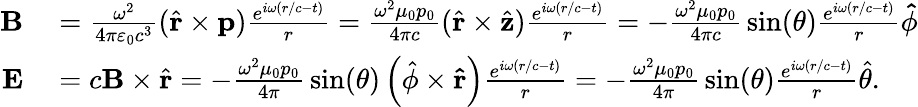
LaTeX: \begin{array}{rl}{\mathbf{B}}&{{}={\frac{\omega^{2}}{4\pi\varepsilon_{0}c^{3}}}({\hat{\mathbf{r}}}\times\mathbf{p}){\frac{e^{i\omega(r/c-t)}}{r}}={\frac{\omega^{2}\mu_{0}p_{0}}{4\pi c}}({\hat{\mathbf{r}}}\times{\hat{\mathbf{z}}}){\frac{e^{i\omega(r/c-t)}}{r}}=-{\frac{\omega^{2}\mu_{0}p_{0}}{4\pi c}}\sin(\theta){\frac{e^{i\omega(r/c-t)}}{r}}\mathbf{\hat{\phi}}}\\ {\mathbf{E}}&{{}=c\mathbf{B}\times{\hat{\mathbf{r}}}=-{\frac{\omega^{2}\mu_{0}p_{0}}{4\pi}}\sin(\theta)\left({\hat{\phi}}\times\mathbf{\hat{r}}\right){\frac{e^{i\omega(r/c-t)}}{r}}=-{\frac{\omega^{2}\mu_{0}p_{0}}{4\pi}}\sin(\theta){\frac{e^{i\omega(r/c-t)}}{r}}{\hat{\theta}}.}\end{array}